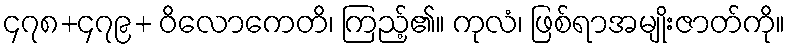
၄၇၈+၄၇၉+ ဝိလောကေတိ၊ ကြည့်၏။ ကုလံ၊ ဖြစ်ရာအမျိုးဇာတ်ကို။